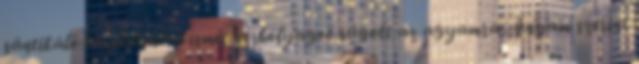
sántikáló verslábaival ismét vérhólyagot rúgott az agyamra Anyám szerint